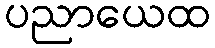
ပညာယေထ